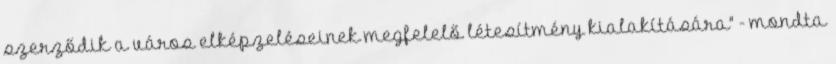
szerződik a város elképzeléseinek megfelelő létesítmény kialakítására" - mondta